Maemoisa_(Sinalepa)_vallavalitsus, lk 37
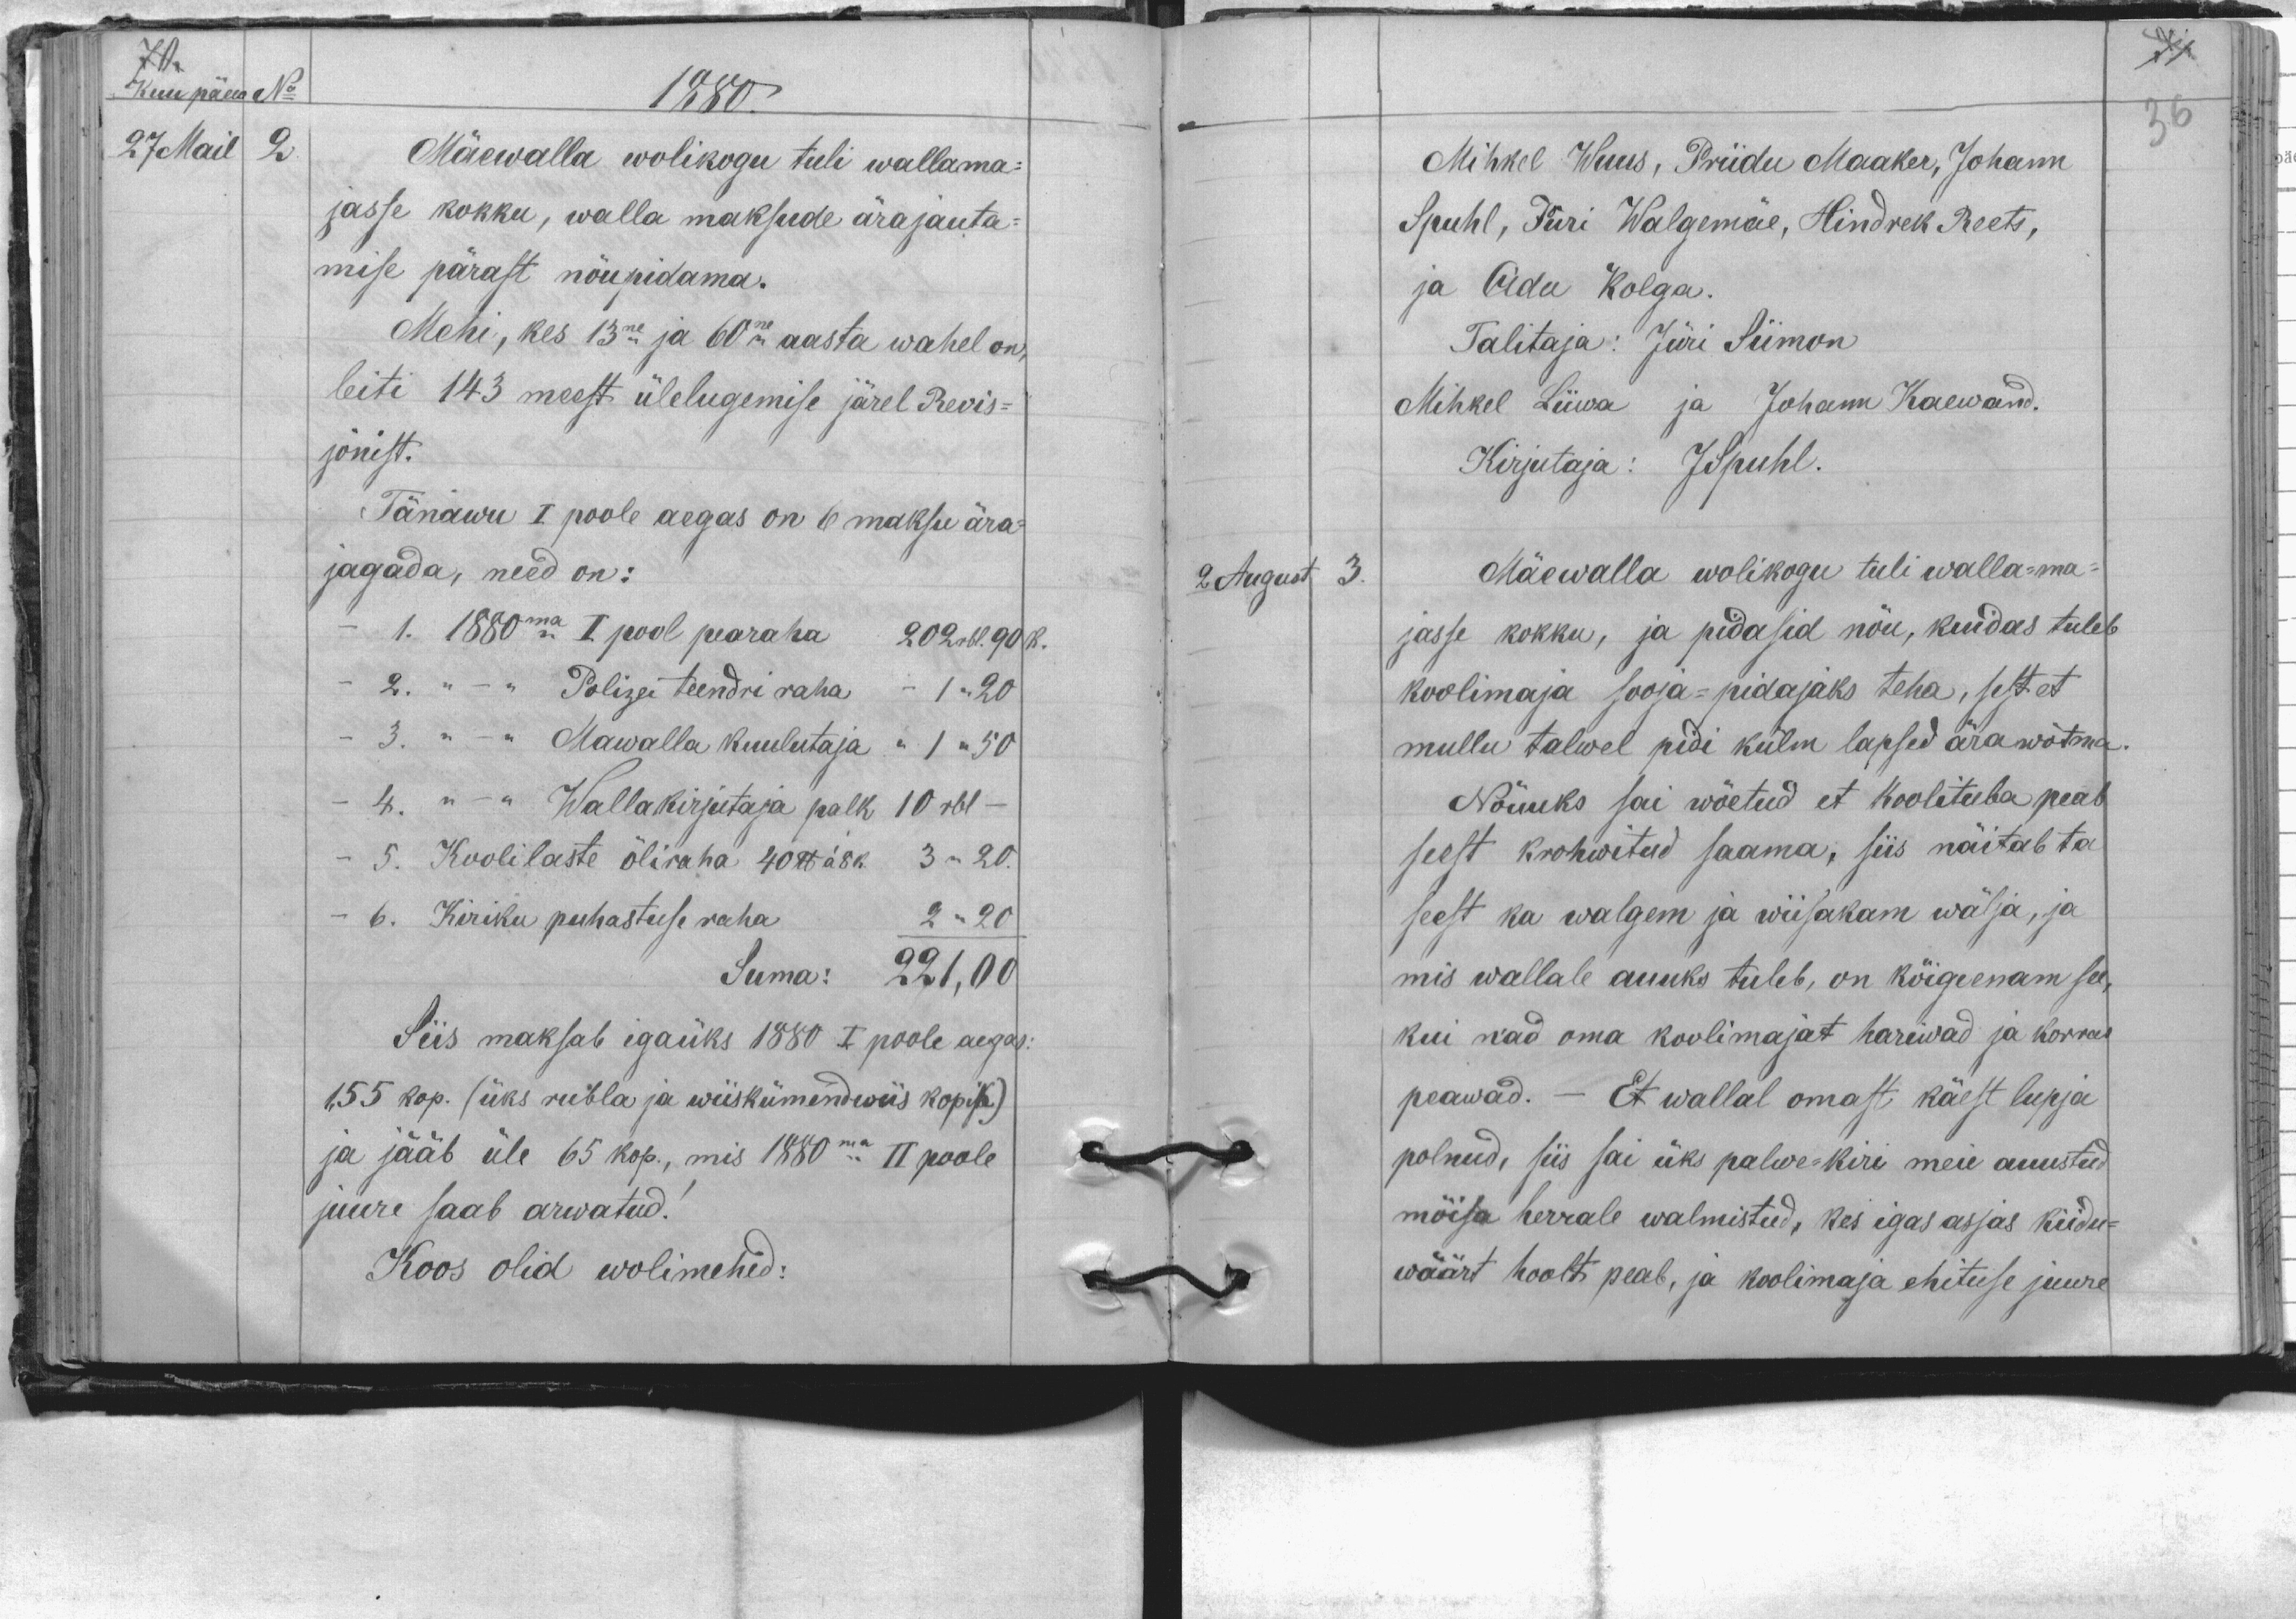
Kuu päew No
1880.
27 Mail
2
Mäewalla wolikogu tuli wallama-
jasse kokku, walla maksude ärajauta-
mise pärast nõupidama.
Mehi, kes 13ne ja 60ne aasta wahel on,
leiti 143 meest ülelugemise järel Revis-
jonist.
Tänawu I poole aegas on 6 maksu ära-
jagada, need on:
1. 1880ma I pool pearaha 202 rbl. 90 k.
- 2. " – " Polizei teendri raha - 1 " 20
3. " – " Mawalla kuulutaja" - 1 " 50
4. " – " Wallakirjutaja palk 10 rbl –
5. Koolilaste õliraha 40 lb à 8 k. 3 " 20.
6. Kiriku puhastuse raha
2 " 20
Suma: 221,00
Siis maksab igaüks 1880 I poole aegas:
1,55 kop. (üks rubla ja wiiskümendwiis kopik).
ja jääb üle 65 kop., mis 1880ma II poole
juure saab arwatud!
Koos olid wolimehed:

Mihkel Wuus, Priidu Maaker, Johann
Spuhl, Jüri Walgemäe, Hindrek Reets,
ja Adu Kolga.
Talitaja: Jüri Siimon
Mihkel Liiwa ja Johann Kaewand.
Kirjutaja: JSpuhl.
2 August
3.
Mäewalla wolikogu tuli walla-ma-
jasse kokku, ja pidasid nõu, kuidas tuleb
koolimaja sooja-pidajaks teha, sest et
mullu talwel pidi külm lapsed ära wõtma
Nõuuks sai wõetud et koolituba peab
seest krohwitud saama, siis näitab ta
seest ka walgem ja wiisakam wälja, ja
mis wallale auuks tuleb, on kõige enam see,
kui nad oma koolimajat hariwad ja korras
peawad. – Et wallal omast käest lupja
polnud, siis sai üks palwe-kiri meie auustud
mõisa herrale walmistud, kes igas asjas kiidu-
wäärt hoolt peab, ja koolimaja ehituse juure